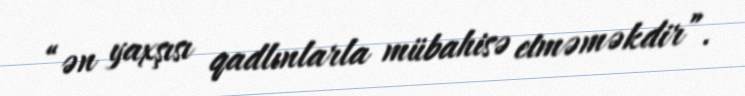
“ən yaxşısı qadlınlarla mübahisə etməməkdir”.